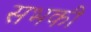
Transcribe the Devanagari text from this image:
सभकी